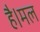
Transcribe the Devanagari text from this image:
है।मल